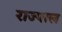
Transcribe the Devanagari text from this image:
राज्पाल